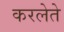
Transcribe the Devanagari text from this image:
करलेते